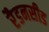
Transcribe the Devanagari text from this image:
रैडनसीड